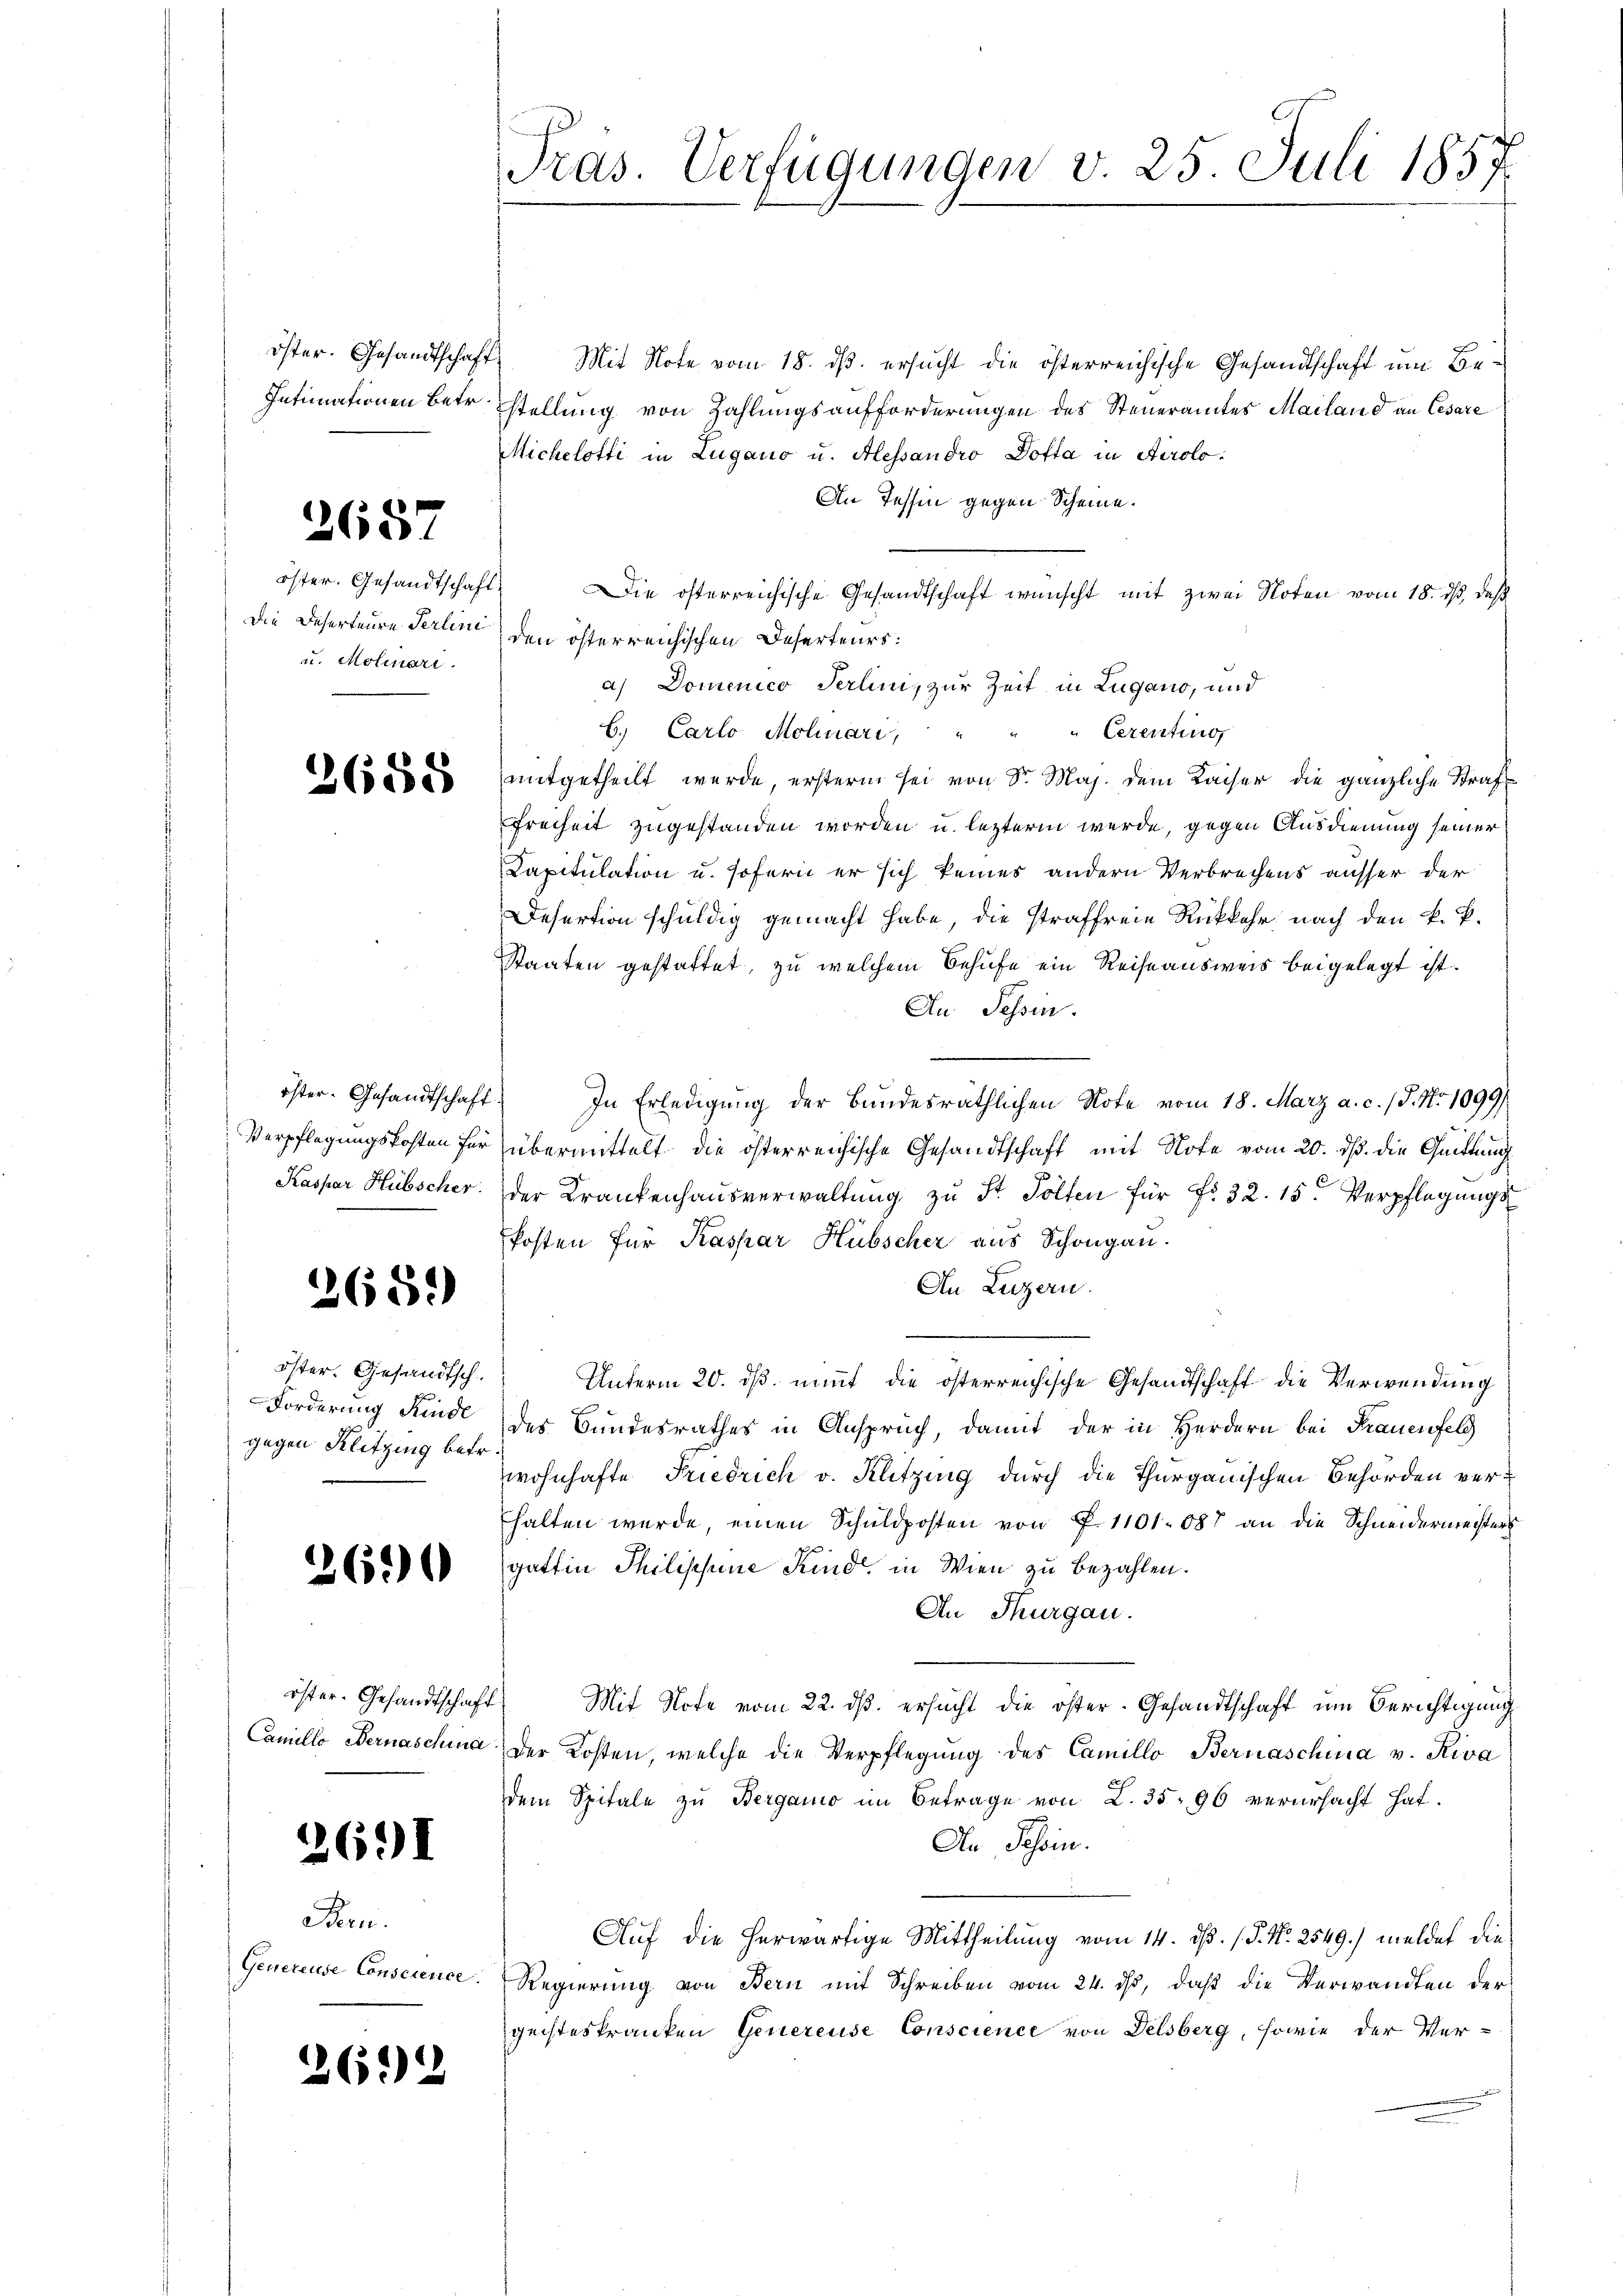
öster. Gesandtschaft.

2687

öster. Gesandtschaft
u. Molinari

2688

2689)

öster. Gesandtsch.
gegen Klitzing betr.

260

2691

Bern.

262

Mit Note vom 18. dß ersucht die österreichische Gesandtschaft um Be¬
Intimationen betr. stellung von Zahlungsaufforderungen des Steueramtes Mailand an Cesare
Michelotti in Lugano u. Alessandro Dotta in Airolo¬
An Tessin gegen Scheine.
Die österreichische Gesandtschaft wünscht mit zwei Noten vom 18. ds, daß
Die Deserteure Perlin den österreichischen Deserteurs:
a) Domenico Perlini, zur Zeit in Lugano, und
Cezenting
6.) Carlo Molnári, " "
mitgetheilt werde, erstern sei von Sr. Maj. dem Kaiser die gänzliche Straf¬
Freiheit zugestanden worden u. leztern werde, gegen Ausdienung seiner
Capitulation u. sofern er sich keines andern Verbrechens ausser der
Desertion schuldig gemacht habe, die straffreie Rückkehr, nach den k. P.
Staaten gestattet, zu welchem Behufe ein Reise ausweis beigelegt ist.
Au Tessin.
öster. Gesandtschaft. In Erledigung der Bundesräthlichen Note vom 18. März a. c. (T. No 1099/
Verpflegungskosten für übermittelt die österreichische Gesandtschaft mit Note vom 20. ds. die Quittung
Kaspar Hübscher der Krankenhaŭsverwaltŭng zŭ St. Polten für Fr. 32. 15. Verpflegungs
kosten für Kaspar Hübscher aus Schongau.
An Luzern.
Unterm 20. dß. nimmt die österreichische Gesandtschaft die Verwendung
Forderung Kinde des Bundesrathes in Anspruch, damit der in Herdern bei Frauenfeld
wohnhafte Friedrich v. Klitzing durch die Thurgauischen Behörden verhalten wurde, einen Schuldposten von P. 1101. 687 an die Schneidermeisters
gattin Philischene Kind, in Wien zu bezahlen.
An Thurgau.
öster. Gesandtschaft Mit Note vom 22. dβ. ersucht die öster- Gesandtschaft um Berichtigung
Camilio Bernaschina der Kosten, welche die Verpflegŭng des Camillo Bernaschuia v. Riva
dem Spitale zu Bergano im Betrage von L. 35. 96 verursacht hat.
An Schein.
Auf die herwärtige Mittheilung vom 14. dβ. / P. Nr. 2549.) meldet die
Generause Conserence. Regierung von Bern mit Schreiben vom 24. ds, daß die Verwandten der
geisteskranken Genereuse Conscience von Delsberg, sowie der Ver-

Pras. Verfügungen v. 25. Juli 1857.